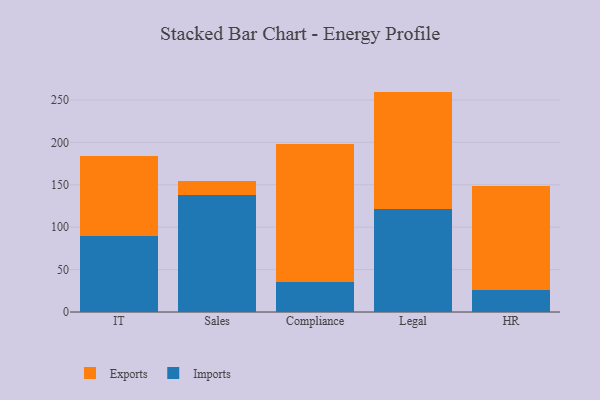
{"axis": {"x": "Department", "y": "Operating Costs (USD K)"}, "legend": ["Exports", "Imports"], "data": [{"x": "IT", "y": 89.9, "type": "Imports"}, {"x": "IT", "y": 93.6, "type": "Exports"}, {"x": "Sales", "y": 138.3, "type": "Imports"}, {"x": "Sales", "y": 16.6, "type": "Exports"}, {"x": "Compliance", "y": 35.7, "type": "Imports"}, {"x": "Compliance", "y": 162.0, "type": "Exports"}, {"x": "Legal", "y": 121.9, "type": "Imports"}, {"x": "Legal", "y": 137.9, "type": "Exports"}, {"x": "HR", "y": 26.2, "type": "Imports"}, {"x": "HR", "y": 122.5, "type": "Exports"}]}